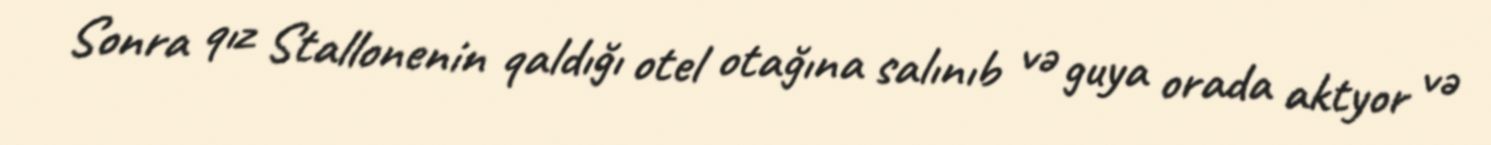
Sonra qız Stallonenin qaldığı otel otağına salınıb və guya orada aktyor və